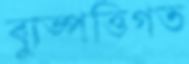
ব্যুত্পত্তিগত